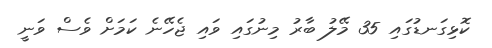
ކޮޅިގަނޑުގައި 35 މޭލު ބާރު މިނުގައި ވައި ޖެހޭނެ ކަމަށް ވެސް ވަނީ